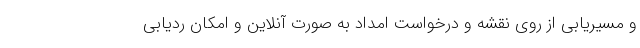
و مسیریابی از روی نقشه و درخواست امداد به صورت آنلاین و امکان ردیابی